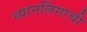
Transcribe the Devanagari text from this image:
ध्यानलिंगाची